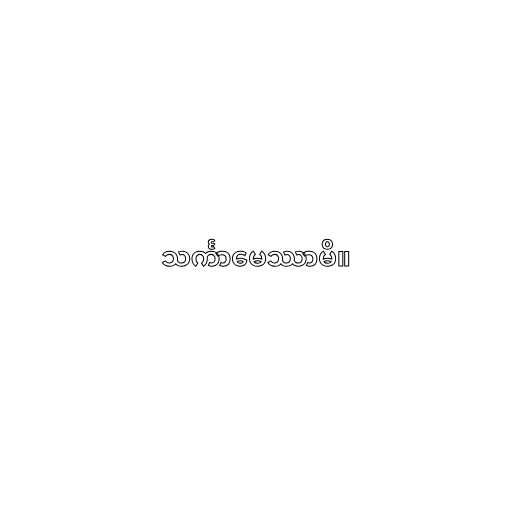
သင်္ကာမေဿာမိ။